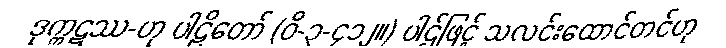
ဒုက္ကဋဿ-ဟု ပါဠိတော် (ဝိ-၃-၄၁၂။) ပါဌ်ဖြင့် သလင်းထောင်တင်ဟု